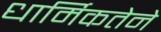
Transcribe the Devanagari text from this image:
धार्मिकतेने